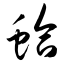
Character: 蛤